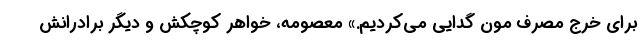
برای خرج مصرف مون گدایی می‌کردیم.» معصومه، خواهر کوچکش و دیگر برادرانش